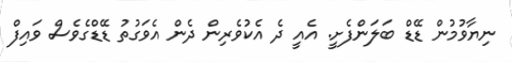
ނިޔާވުމުން ޑޭޑް ބަލަންފެށީ. އެއީ ދެ އެކުވެރިން ދެން އެވަގުތު ޑޭޑްގެވެސް ވައިފް